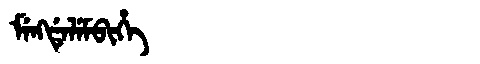
Manchu: ᠮᡝᠩᡩᡝᠯᡝᠮᠪᡳᡥᡝ
Romanization: MENGDELEMBIHE